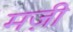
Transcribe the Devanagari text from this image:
मज़ी